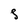
Character: S